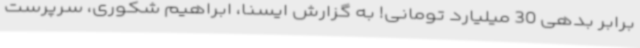
برابر بدهی 30 میلیارد تومانی! به گزارش ایسنا، ابراهیم شکوری، سرپرست